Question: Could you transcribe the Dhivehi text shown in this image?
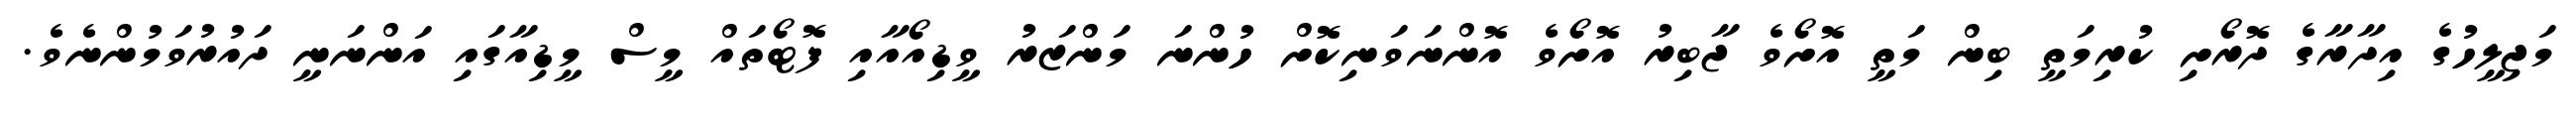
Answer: މަޖިލީހުގެ އިދާރާގެ ދޮރޯށި ކުރިމަތީ ބިން މަތީ އޮށޯވެ ޖާބިރު އޮށޯވެ އޮންނަވަނިކޮށް ހުންނަ މަންޒަރު ވީޑިއޯއާއި ފޮޓޯތައް މީސް މީޑިއާގައި އަންނަނީ ދައުރުވަމުންނެވެ.